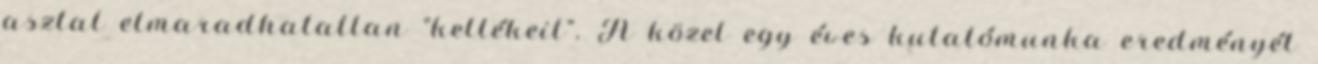
asztal elmaradhatatlan “kellékeit”. A közel egy éves kutatómunka eredményét